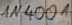
Text: IN4001